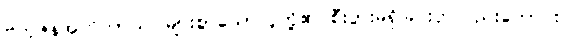
ဗဟုဇနအဟိတာယ၊ များစွာသောလူတို့၏ စီးပွားမရှိခြင်းငှာလည်းကောင်း။